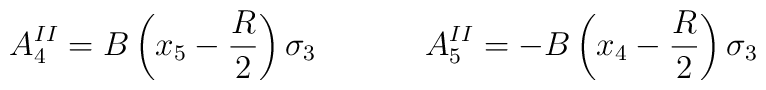
A_4^{II} = B \left(x_5-{R \over 2}\right) \sigma_3 ~~~~~~~~~~A_5^{II} = -B \left(x_4-{R\over 2}\right) \sigma_3